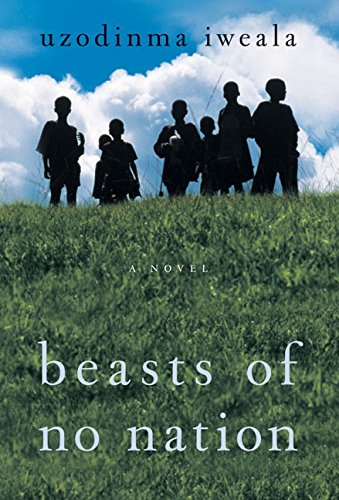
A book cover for Beasts of No Nation: A Novel; Uzodinma Iweala; Literature & Fiction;